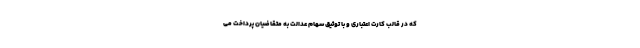
که در قالب کارت اعتباری و با توثیق سهام عدالت به متقاضیان پرداخت می